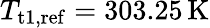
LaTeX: T_{\mathrm{t}1,\mathrm{ref}}=303.25\, \mathrm{K}